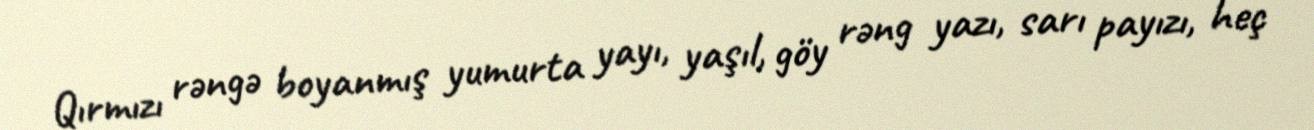
Qırmızı rəngə boyanmış yumurta yayı, yaşıl, göy rəng yazı, sarı payızı, heç